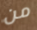
من